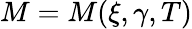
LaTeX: M=M(\xi,\gamma,T)